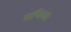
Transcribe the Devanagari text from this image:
माफिया।